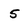
Character: 5